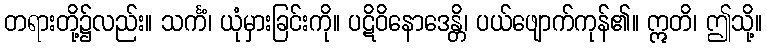
တရားတို့၌လည်း။ သင်္ကံ၊ ယုံမှားခြင်းကို။ ပဋိဝိနောဒေန္တိ၊ ပယ်ဖျောက်ကုန်၏။ ဣတိ၊ ဤသို့။